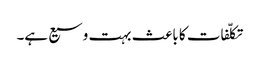
تکلّفات کا باعث بہت وسیع ہے۔